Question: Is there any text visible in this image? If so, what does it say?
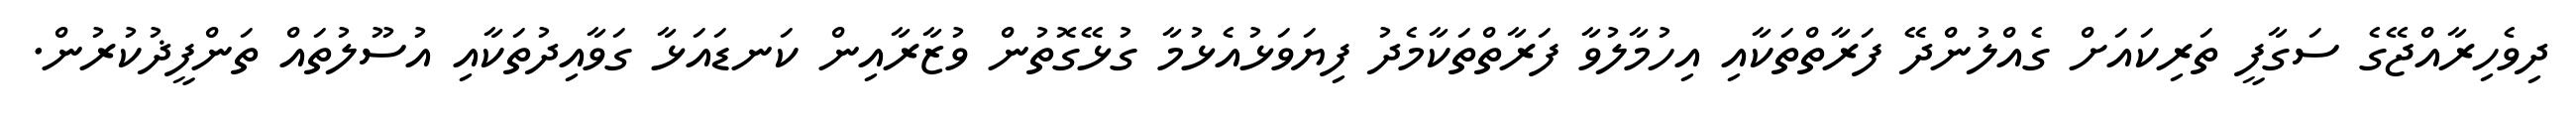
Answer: ދިވެހިރާއްޖޭގެ ސަގާފީ ތަރިކައަށް ގެއްލުންދޭ ފަރާތްތަކާއި އިހުމާލުވާ ފަރާތްތަކާމެދު ފިޔަވަޅުއެޅުމާ ގުޅޭގޮތުން ވުޒާރާއިން ކަނޑައަޅާ ގަވާއިދުތަކާއި އުސޫލުތައް ތަންފީޛުކުރުން.